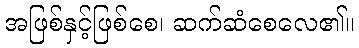
အဖြစ်နှင့်ဖြစ်စေ၊ ဆက်ဆံစေလေ၏။